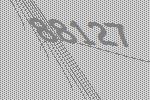
88127